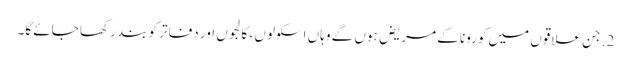
2. جن علاقوں میں کورونا کے مریض ہوں گے وہاں اسکولوں ، کالجوں اور دفاتر کو بند رکھا جائے گا۔